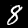
Digit: 8